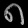
Digit: ၈